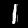
Label: 1